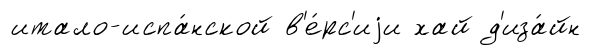
итало-испа́нской в'е́рс'иjи хай д'иза́йн